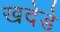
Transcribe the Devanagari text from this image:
खदेडे